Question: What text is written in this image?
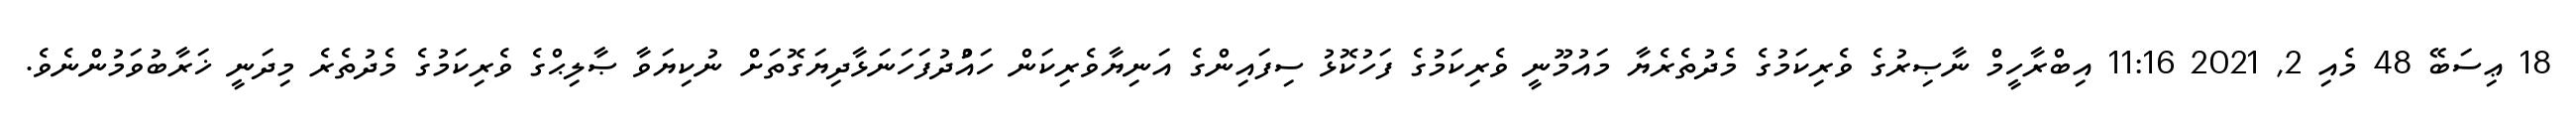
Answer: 18 ޢިސަބޭ 48 މެއި 2, 2021 11:16 އިބްރާހީމް ނާޞިރުގެ ވެރިކަމުގެ މެދުތެރެޔާ މައުމޫނީ ވެރިކަމުގެ ފަހުކޮޅު ސިފައިންގެ އަނިޔާވެރިކަން ހައްުދުފަހަނަޅާދިޔަގޮތަށް ނުކިޔަވާ ޞާލިޙްގެ ވެރިކަމުގެ މެދުތެރެ މިދަނީ ޚަރާބުވަމުންނެވެ.